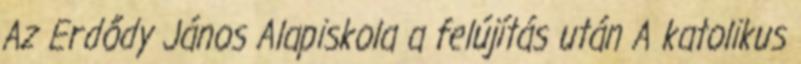
Az Erdődy János Alapiskola a felújítás után A katolikus